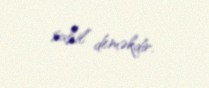
sahil” deməkdir.